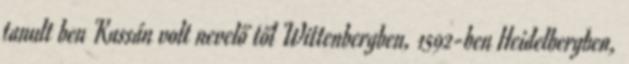
tanult ben Kassán volt nevelő től Wittenbergben, 1592-ben Heidelbergben,